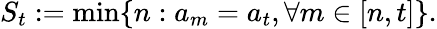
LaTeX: S_{t}:=\operatorname*{min}\{ n:a_{m}=a_{t},\forall m\in[n,t]\} .